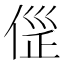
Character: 𠊦